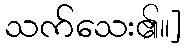
သက်သေး၏။]